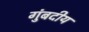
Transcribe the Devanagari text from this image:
गुंबदीय